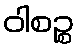
ဝါစဉ္စ